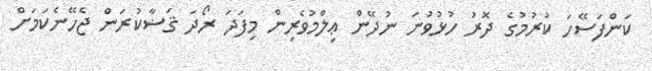
ކަންފަސޭހަ ކުރުމުގެ ދޮރު ހުޅުވުނަ ނުދޭން ޢިލްމުވެރިން މިފަދަ ރޯދަ ޤަޟާކުރަން ޖެހޭނެކަމަށް